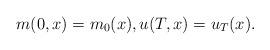
LaTeX: \begin{align*}m(0,x)=m_{0}(x),u(T,x)=u_{T}(x).\end{align*}